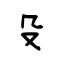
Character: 殳